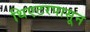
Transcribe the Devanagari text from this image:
थिएटरपासून